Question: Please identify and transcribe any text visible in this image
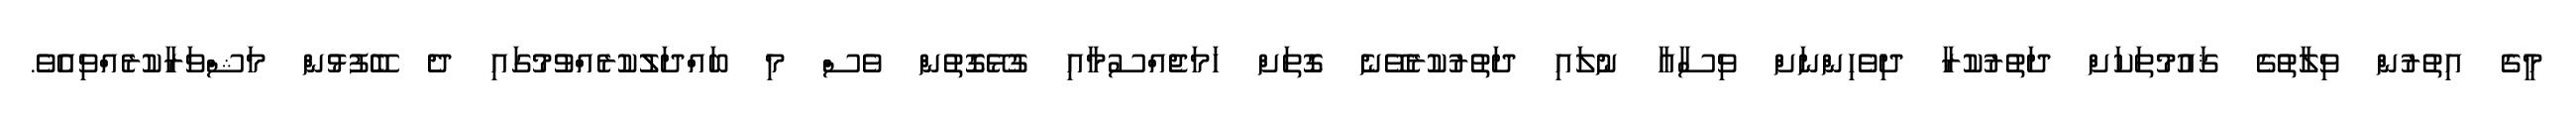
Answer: މީގެ އިތުރުން ވިލާތުގެ ޤައުމުތަކަށް ދަތުރުކުރާ ދިވެހިންނަށް ވިސާއާ ނުލައި ދަތުރުކުރެވޭނެ ގޮތަށް ހަމަޖެއްސުމާއި ގުޅޭގޮތުން ވެސް މި ބައްދަލުކުރެއްވުމުގައި ދެ ބޭފުޅުން މަޝްވަރާކުރެއްވިއެވެ.